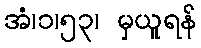
အံ၊၁၊၅၃၊ မှယူရန်